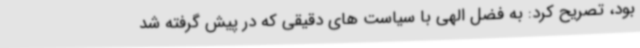
بود، تصریح کرد: به فضل الهی با سیاست های دقیقی که در پیش گرفته شد